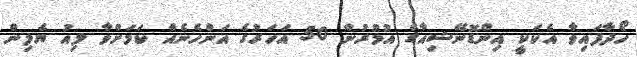
ހޯދާފައިވާ އެކަކީ އިންޑޮނޭޝިއާގެ އުމުރުން 50 އަހަރުގެ އަންހެނެއް ކަމަށްވާ ލިއު ޔެލިން